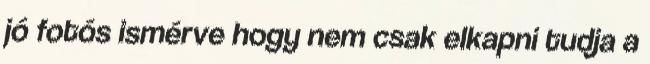
jó fotós ismérve hogy nem csak elkapni tudja a